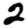
Digit: 2